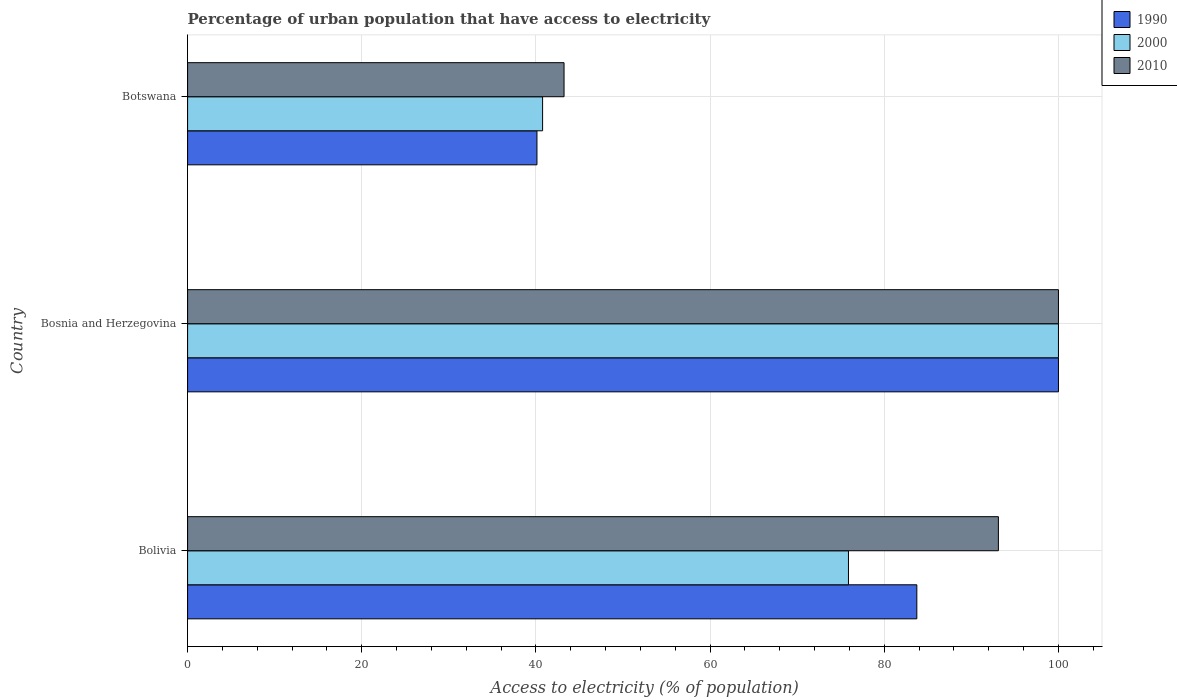
| Country | 1990 | 2000 | 2010 |
 | --- | --- | --- | --- |
 | Bolivia | 83.7 | 75.9 | 93.1 |
 | Bosnia and Herzegovina | 100 | 100 | 100 |
 | Botswana | 40.1 | 40.8 | 43.2 |